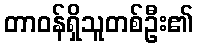
တာဝန်ရှိသူတစ်ဦး၏